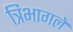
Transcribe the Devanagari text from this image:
त्रिभागले